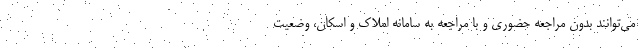
می‌توانند بدون مراجعه حضوری و با مراجعه به سامانه املاک و اسکان، وضعیت